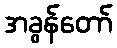
အခွန်တော်